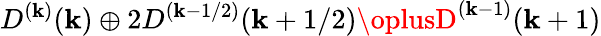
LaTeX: D^{(\mathbf{k})}(\mathbf{k})\oplus2D^{(\mathbf{k}-1/2)}(\mathbf{k}+1/2)\oplusD^{(\mathbf{k}-1)}(\mathbf{k}+1)